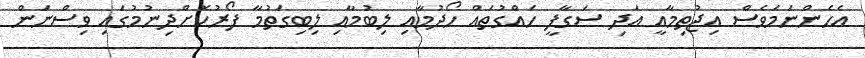
އެހެންނަމަވެސް އިޖުތިމާއީ އަދި ސަގާފީ ހައްގުތައް ހޯދުމާއި ލިބުމާއި ލިބިގަތުމާ ފޯރުކޮށްދިނުމުގައި ވިސްނަން